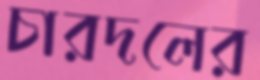
চারদলের